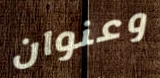
وعنوان